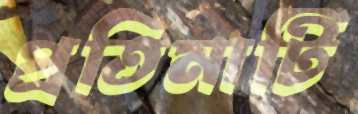
প্রতিমাটি